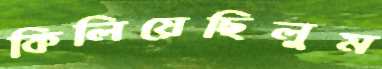
কিলিয়েছিলুম